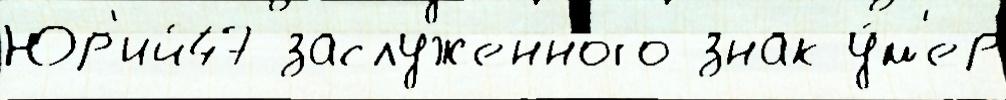
Юр'ий47 заслуженного знак у́м'ер